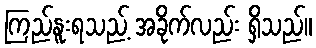
ကြည်နူးရသည့် အခိုက်လည်း ရှိသည်။